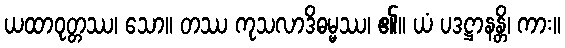
ယထာဝုတ္တဿ၊ သော။ တဿ ကုသလာဒိဓမ္မဿ၊ ၏။ ယံ ပဒဋ္ဌာနန္တိ၊ ကား။